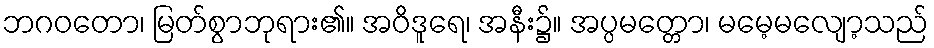
ဘဂဝတော၊ မြတ်စွာဘုရား၏။ အဝိဒူရေ၊ အနီး၌။ အပ္ပမတ္တော၊ မမေ့မလျော့သည်